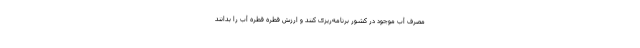
مصرف آب موجود در کشور برنامه‌ریزی کنند و ارزش قطره قطره آب را بدانند